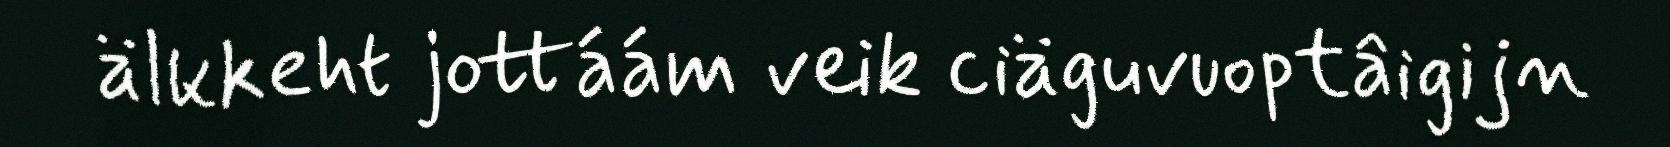
älkkeht jottáám veik ciäguvuoptâigijn